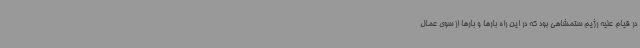
در قیام علیه رژیم ستمشاهی بود که در این راه بارها و بارها از سوی عمال